Indian journal of veterinary science and animal husbandry - Volume 5,
Year: 1935
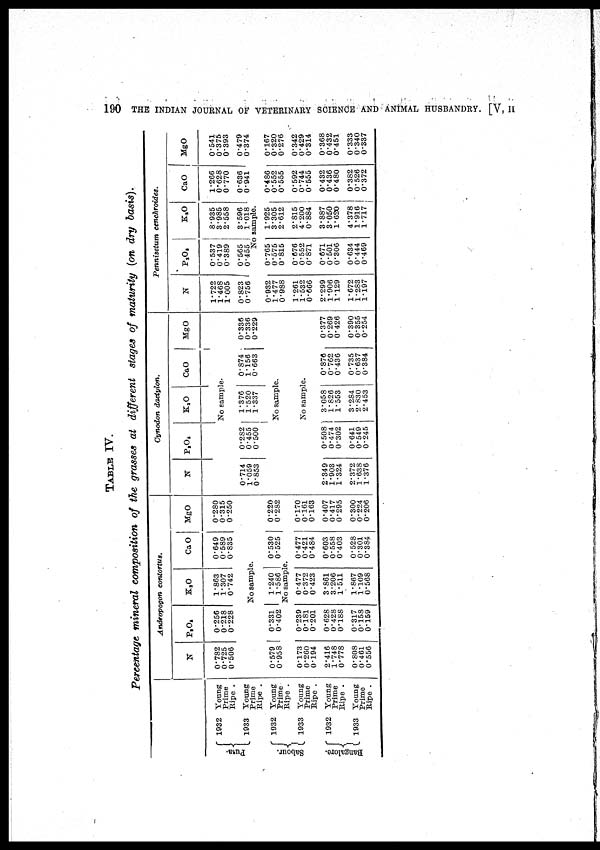
190
THE INDIAN JOURNAL OF VETERINARY SCIENCE AND ANIMAL HUSBANDRY. [V, II
TABLE IV.
Percentage mineral composition of the grasses at different stages of maturity (on dry basis).
Pusa.
Sabour.
Banglore.
1932
1933
1932
1933
1932
1933
Young
Prime
Ripe .
Young
Prime
Ripe .
Young
Prime
Ripe .
Young
Prime
Ripe .
Young
Prime
Ripe .
Young
Prime
Ripe .
Andropogon contortus.
N
0.782
0.725
0.506
P 2 O 5
0.256
0.218
0.228
K 2 O
1.863
1.307
0.742
CaO
0.649
0.589
0.835
MgO
0.280
0.315
0.250
No sample.
0.579
0.958
No sample.
0.173
0.260
0.194
2.416
1.748
0.778
0.808
0.461
0.556
0.331
0.402
0.239
0.181
0.201
0.628
0.428
0.188
0.317
0.158
0.159
1.240
1.586
0.477
0.372
0.423
3.861
3.206
1.511
1.867
1.109
0.568
0.530
0.525
0.477
0.421
0.484
0.603
0.558
0.403
0.528
0.301
0.384
0.220
0.282
0.170
0.161
0.163
0.407
0.417
0.295
0.300
0.224
0.206
Cynodon dactylon.
N
P 2 O 5
K 2 O
CaO
MgO
No sample.
0.714
1.059
0.853
0.282
0.455
0.500
1.376
1.520
1.337
0.874
1.156
0.663
0.336
0.336
0.229
No sample.
No sample.
2.349
1.903
1.324
2.372
1.638
1.376
0.508
0.474
0.302
0.641
0.549
0.245
3.058
1.826
1.553
3.284
2.830
2.453
0.876
0.762
0.436
0.735
0.637
0.384
0.377
0.269
0.426
0.390
0.355
0.254
Pennisetum cenchroides.
N
1.722
1.468
1.005
0.823
0.756
No sample.
0.932
1.477
0.988
1.261
1.532
0.666
2.299
1.906
1.129
1.672
1.283
1.197
P 2 O 5
0.537
0.419
0.389
0.565
0.455
0.765
0.575
0.815
0.676
0.552
0.871
0.671
0.501
0.306
0.634
0.444
0.469
K 2 O
8.935
3.985
2.558
3.596
1.018
1.925
3.305
2.612
2.815
4.200
0.884
3.887
3.050
1.620
4.378
1.916
1.717
CaO
1.266
0.628
0.770
0.636
0.941
0.486
0.552
0.555
0.592
0.744
0.555
0.432
0.436
0.480
0.382
0.526
0.372
MgO
0.541
0.375
0.393
0.479
0.374
0.167
0.320
0.276
0.342
0.429
0.314
0.368
0.432
0.451
0.333
0.340
0.337